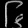
Digit: ၆